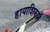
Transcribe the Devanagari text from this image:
हायाशिकाने